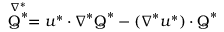
\stackrel { \nabla ^ { * } } { \boldsymbol { \mathrm { Q } } ^ { * } } = \boldsymbol { u } ^ { * } \boldsymbol { \cdot } \boldsymbol { \nabla } ^ { * } \boldsymbol { \mathrm { Q } } ^ { * } - ( \boldsymbol { \nabla } ^ { * } \boldsymbol { u } ^ { * } ) \boldsymbol { \cdot } \boldsymbol { \mathrm { Q } } ^ { * }